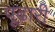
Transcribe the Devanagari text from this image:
पूढारी